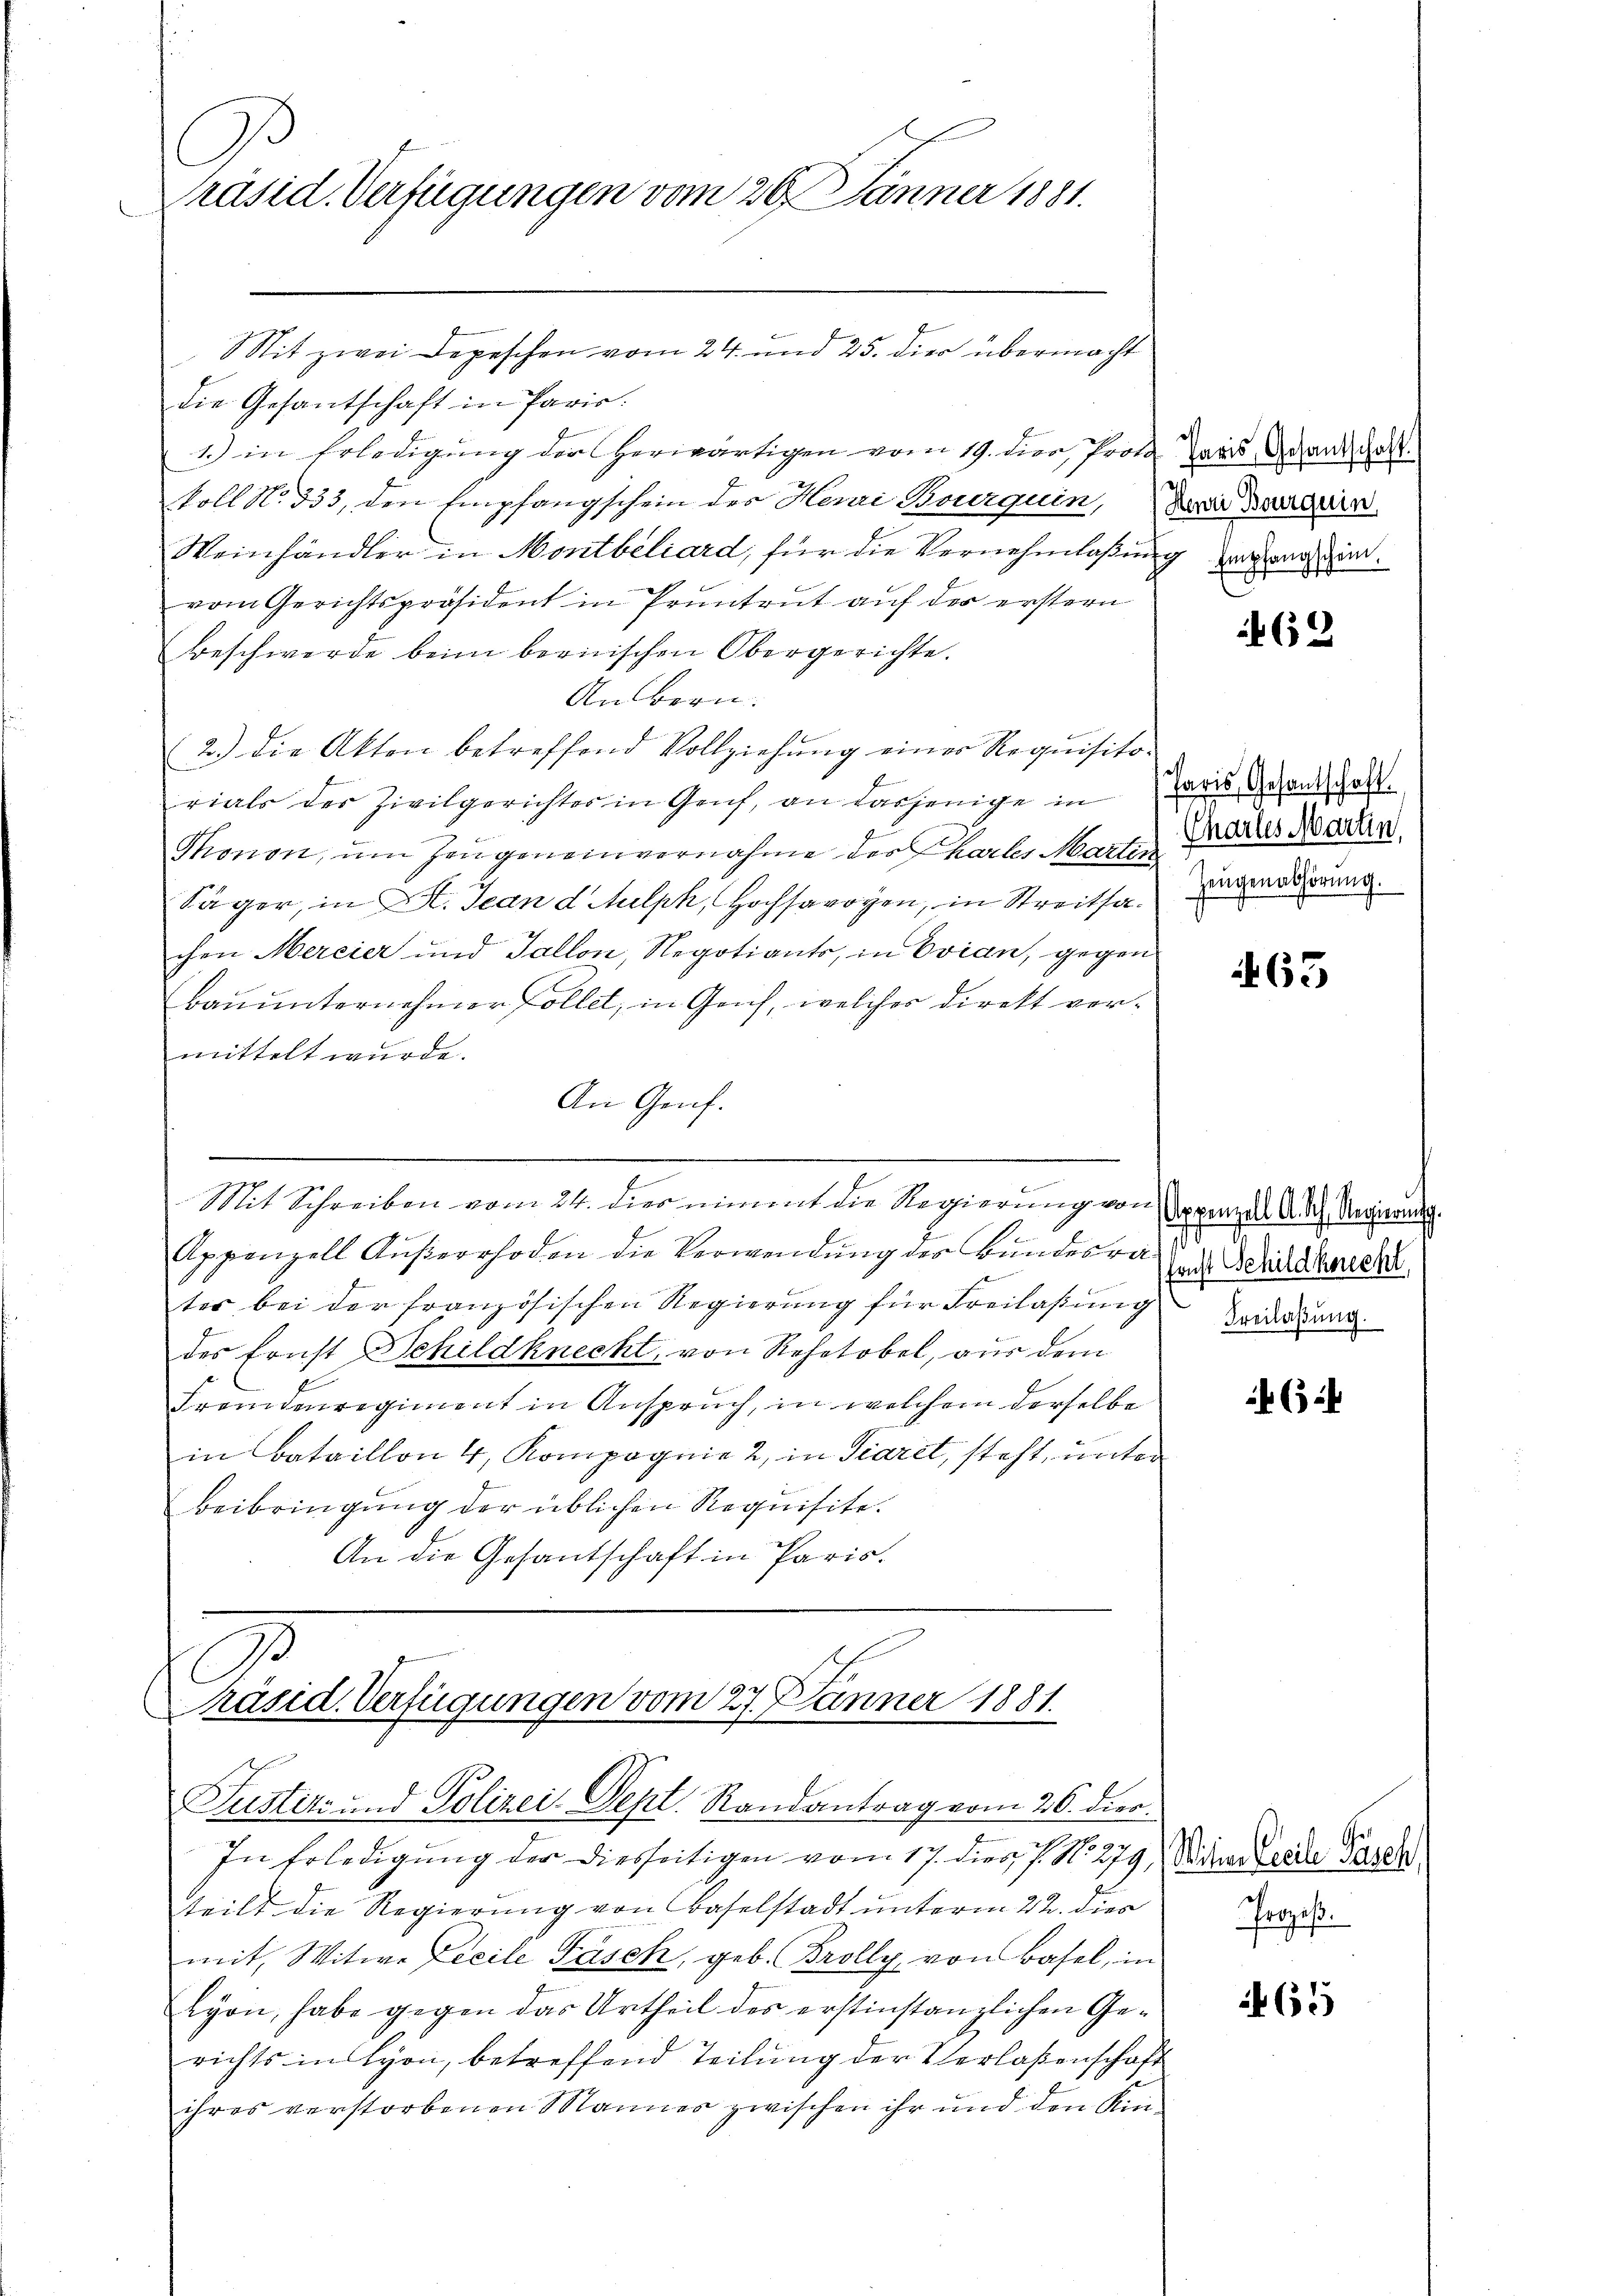
C
Präsid. Verfügungen vom 20. Jänner 1881.

Sit zwei Depeschen vom 24. und 25. die übermacht
die Gesantschaft in Paris.
1.) in Erledigung der herwärtigen vom 19. dier, Jool Paris Schand das
koll No 333, den Empfangschein des Herai Bourquin, Da daran
Weinhändler in Montbeliard, für die Vernehmlaßung zugung hinvom Gerichtspräsident in Pruntrut auf der erstern
Beschwerde beim bernischen Obergerichte.
An bern.
2.) Die Akten betreffend Vollziehŭng einer Requisito-
rials der Zivilgerichter in Genf, an dasjenige in Paris Gesandschaft
Thonon, um Zeugeneinvernahme des Chartes Martin
Säger, in K. Jean d. Mulph, Hochsavoyen, in Streitsachen Mercier und Tallon, Regotiants, in Evian, gegen
Bauunternehmer Follet, in Geich, welches direkt vermittelt wurde.
An Genf.

Appenzell Aŭβerrhoden die Verwendung der Bundesra
tes bei der französischen Regierung für Freilassung
des Ernst Schildknecht, von Rehetobel, aus dem
Fremdenregiment in Anspruch, in welchem derselbe
in Bataillon 4, Kompagnie 2, in Piaret, steht, unter
Beibringung der üblichen Requisite.
An die Gesantschaft in Paris.

Mit Schreiben vom 24. dies nimmt die Regierung von Appenzell A.Rh. Regierung

Präsid. Verfügungen vom 27. Jänner 1881.
Futter- und Polizei. Sept. Randantrag vom 26. dier.

In Erledigung der diesseitigen vom 17. diese No. 279,
teilt die Regierung von Baselstadt unterm 22. dies
mit, Witwe Leeile Fasch, geb. Brolly von Basel, in
Lyon, habe gegen das Urtheil des erstinstanzlichen Gerichts in Lyon, betreffend Teilung der Verlaßenschaft
ihres verstorbenen Mannes zwischen ihr und den Kin-

69

Chartes Martin,
Zeugenabhörung.

63

.
sonst Schildknecht
Freilaßung.

3

Witian Cecile Pasch.
Prozeß.

465